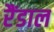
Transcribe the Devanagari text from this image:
रैंडाल